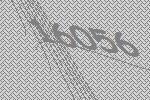
16056